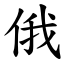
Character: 俄